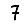
Digit: 7